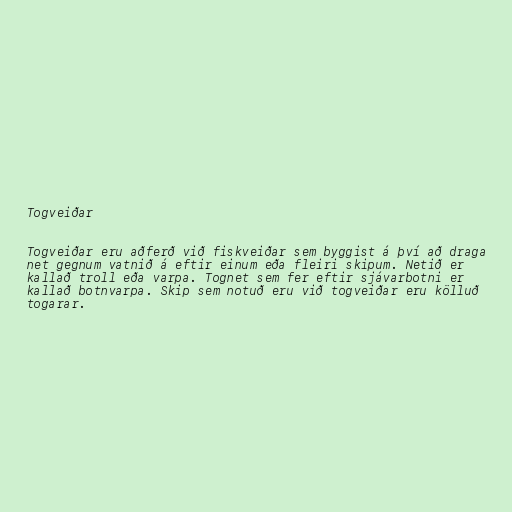
Togveiðar

Togveiðar eru aðferð við fiskveiðar sem byggist á því að draga
net gegnum vatnið á eftir einum eða fleiri skipum. Netið er
kallað troll eða varpa. Tognet sem fer eftir sjávarbotni er
kallað botnvarpa. Skip sem notuð eru við togveiðar eru kölluð
togarar.